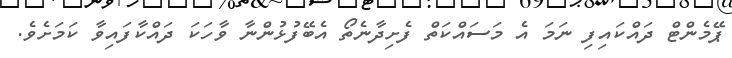
ޕޭމެންޓް ދައްކައިފި ނަމަ އެ މަސައްކަތް ފެށިދާނެތޯ އެބޭފުޅުންނާ ވާހަކަ ދައްކާފައިވާ ކަމަށެވެ.